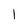
Character: I